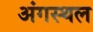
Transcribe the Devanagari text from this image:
अंगस्थल